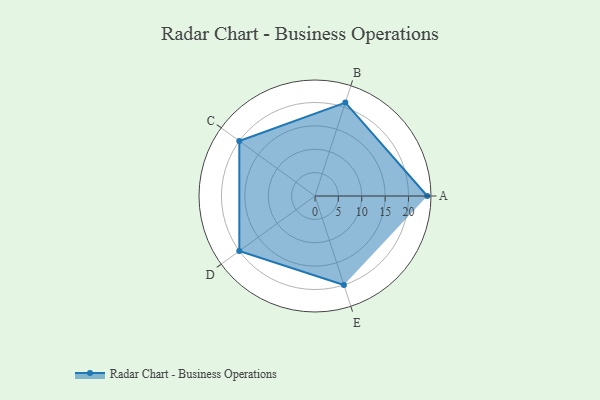
{"axis": {"x": "Skill", "y": "Score"}, "legend": ["Profile"], "data": [{"x": "A", "y": 24.0, "type": "Profile"}, {"x": "B", "y": 21.0, "type": "Profile"}, {"x": "C", "y": 20, "type": "Profile"}, {"x": "D", "y": 20, "type": "Profile"}, {"x": "E", "y": 20, "type": "Profile"}]}